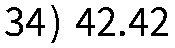
34) 42.42